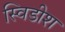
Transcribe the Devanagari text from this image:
स्विडीश